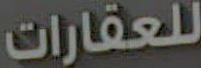
للعقارات